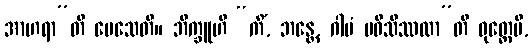
အာဟရာ”တိ ပေသေတိ။ ဘိက္ခူဟိ “ကိံ, ဘန္တေ, ဂါမံ ပဝိသိဿထာ”တိ ဝုတ္တေပိ,